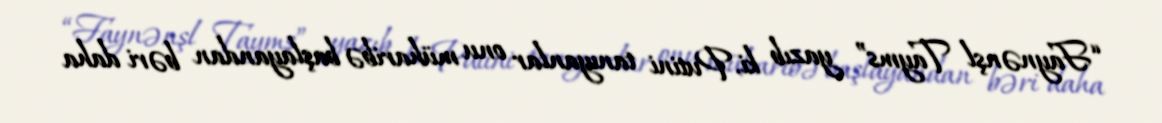
“Faynənşl Tayms” yazıb ki, Putini tanıyanlar onu müharibə başlayandan bəri daha